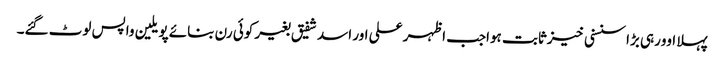
پہلا اوورہی بڑا سنسنی خیزثابت ہواجب اظہر علی اور اسد شفیق بغیر کوئی رن بنائے پویلین واپس لوٹ گئے۔